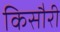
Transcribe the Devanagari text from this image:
किसौरी